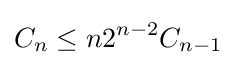
C_{n}\leq n2^{n-2}C_{n-1}